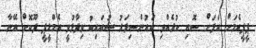
ޕީޕީއެމަށް އަލަށް ސޮއި ކުރެއްވި ކައުންސިލަރު ޝުއައިބު ވިދާޅުވީ އެމްޑީޕީ ދޫކޮށް އޭނާ